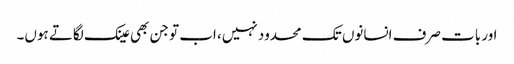
اور بات صرف انسانوں تک محدود نہیں، اب تو جن بھی عینک لگاتے ہوں۔